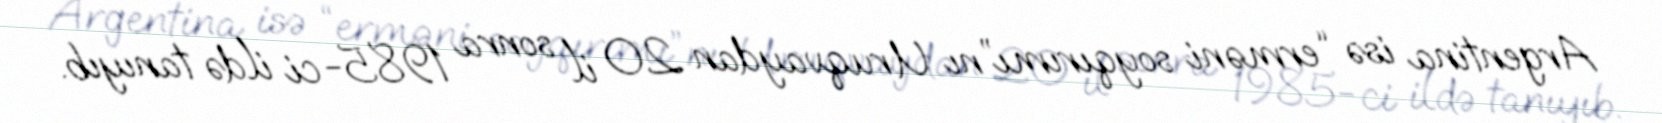
Argentina isə “erməni soyqırımı”nı Uruqvaydan 20 il sonra 1985-ci ildə tanıyıb.